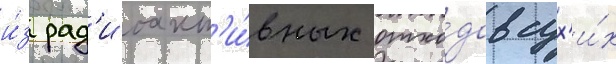
и́з рад'иоакт'и́вных отхо́дов сух'и́х